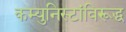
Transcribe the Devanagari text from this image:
कम्युनिस्टांविरूद्ध